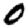
Digit: 0